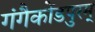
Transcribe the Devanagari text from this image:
गंगैकोंडपुरम्